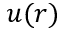
u ( r )